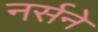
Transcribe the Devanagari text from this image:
नर्सने